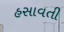
હસાવતી